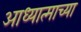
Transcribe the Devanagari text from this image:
आध्यात्माच्या